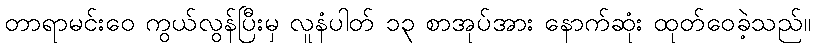
တာရာမင်းဝေ ကွယ်လွန်ပြီးမှ လူနံပါတ် ၁၃ စာအုပ်အား နောက်ဆုံး ထုတ်ဝေခဲ့သည်။